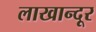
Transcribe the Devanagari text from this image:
लाखान्दूर